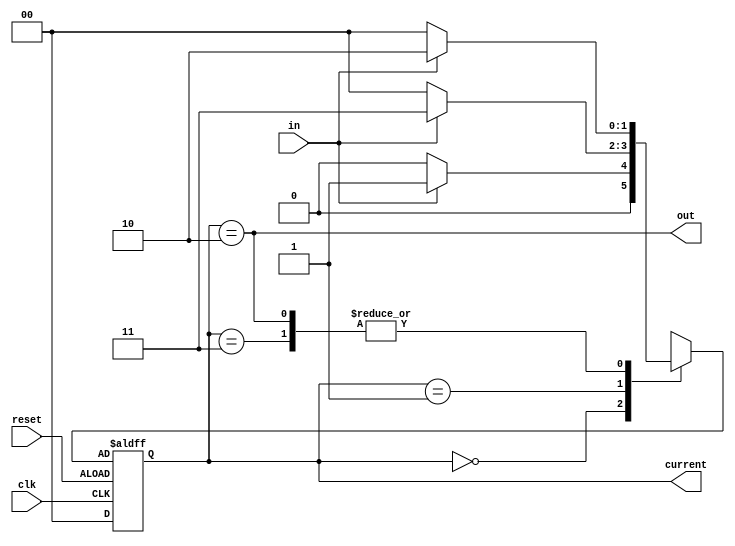
module detector_111(out,current, in, clk,reset);

parameter no_1 = 2'b00, one_1 = 2'b01, two_1 = 2'b11, all_1 = 2'b10;

input in, clk, reset;
output out;
output reg [1:0] current;

reg [1:0] next;

assign out = current == all_1;

always @(negedge clk or negedge reset) begin
    if (reset)
    current = no_1;
    else
    current = next;
end

always @(current,in) begin
    case (current)
        no_1: next = in ? one_1:no_1;
        one_1: next = in? two_1:no_1;
        two_1: next = in? all_1:no_1;
        all_1: next = in? all_1:no_1; 
        default: next = no_1;
    endcase
end

endmodule